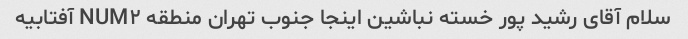
سلام آقای رشید پور خسته نباشین اینجا جنوب تهران منطقه NUM۲ آفتابیه